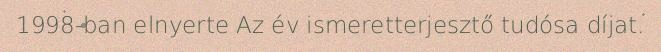
1998-ban elnyerte Az év ismeretterjesztő tudósa díjat.